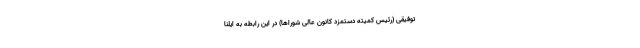
توفیقی (رئیس کمیته دستمزد کانون عالی شوراها) در این رابطه به ایلنا